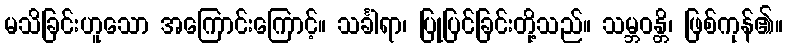
မသိခြင်းဟူသော အကြောင်းကြောင့်။ သင်္ခါရာ၊ ပြုပြင်ခြင်းတို့သည်။ သမ္ဘဝန္တိ၊ ဖြစ်ကုန်၏။